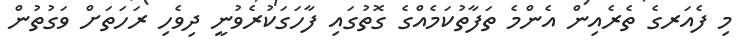
މި ފެއަރގެ ތެރެއިން އެންމެ ތަފާތުކަމެއްގެ ގޮތުގައި ފާހަގަކުރެވުނީ ދިވެހި ރަހަތަށް ވަގުތުން